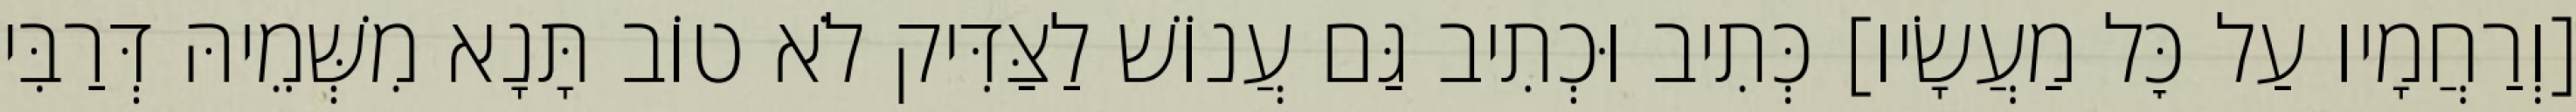
[וְרַחֲמָיו עַל כׇּל מַעֲשָׂיו] כְּתִיב וּכְתִיב גַּם עֲנוֹשׁ לַצַּדִּיק לֹא טוֹב תָּנָא מִשְּׁמֵיהּ דְּרַבִּי